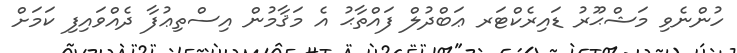
ހުންނެވި މަޝްޙޫރު ޑައިރެކްޓަރ ޢަބްދުލް ފައްތާޙު އެ މަޤާމުން އިސްތިޢުފާ ދެއްވައިފި ކަމަށް